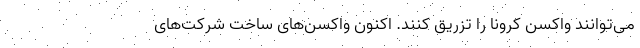
می‌توانند واکسن کرونا را تزریق کنند. اکنون واکسن‌های ساخت شرکت‌های